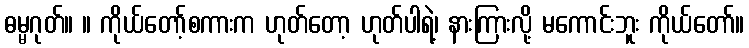
ဓမ္မဂုတ်။ ။ ကိုယ်တော့်စကားက ဟုတ်တော့ ဟုတ်ပါရဲ့၊ နားကြားလို့ မကောင်းဘူး ကိုယ်တော်။